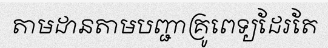
តាមដានតាមបញ្ជាគ្រូពេទ្យដែរតែ